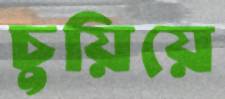
চুয়িয়ে